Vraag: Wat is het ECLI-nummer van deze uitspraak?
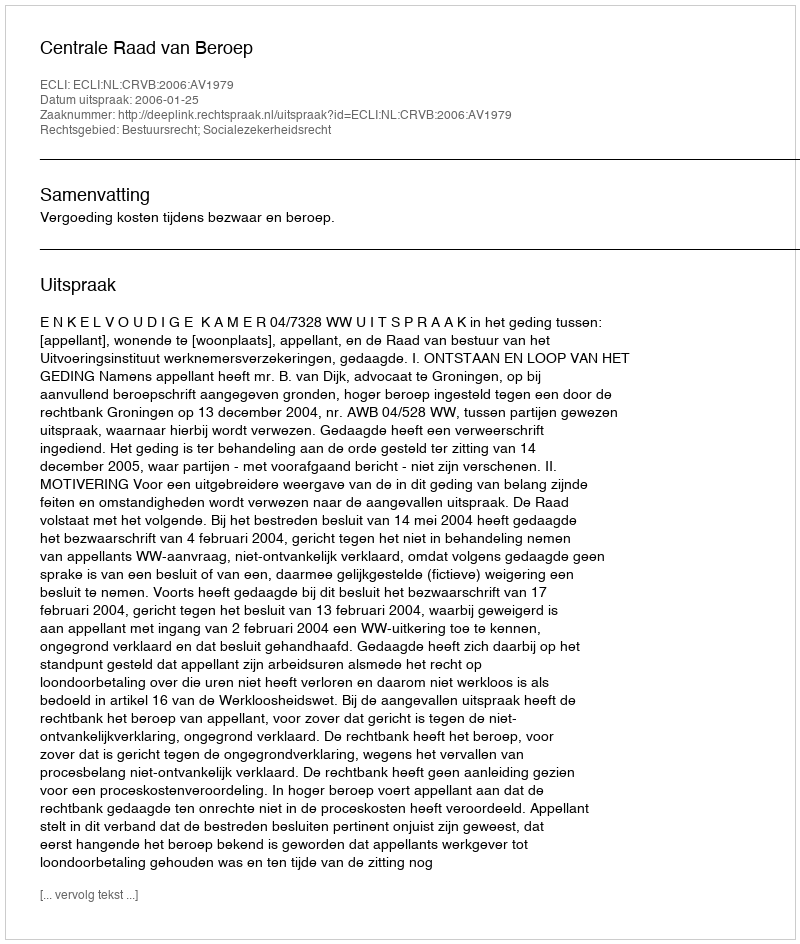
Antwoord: ECLI:NL:CRVB:2006:AV1979